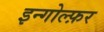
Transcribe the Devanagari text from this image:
इन्गोल्फ़र